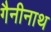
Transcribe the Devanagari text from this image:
गैनीनाथ